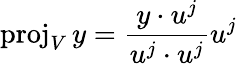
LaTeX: \operatorname{proj}_{V}y={\frac{y\cdot u^{j}}{u^{j}\cdot u^{j}}}u^{j}